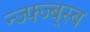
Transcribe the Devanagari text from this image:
न्ज्फ्ज्ब्स्ब